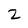
Character: 2